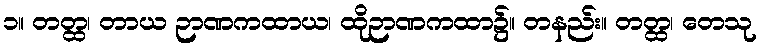
၁။ တတ္ထ၊ တာယ ဉာဏကထာယ၊ ထိုဉာဏကထာ၌။ တနည်း။ တတ္ထ၊ တေသု